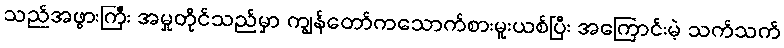
သည်အဖွားကြီး အမှုတိုင်သည်မှာ ကျွန်တော်ကသောက်စားမူးယစ်ပြီး အကြောင်းမဲ့ သက်သက်